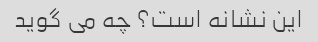
این نشانه است؟ چه می گوید